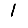
Digit: 1